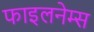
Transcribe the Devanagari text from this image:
फाइलनेम्स